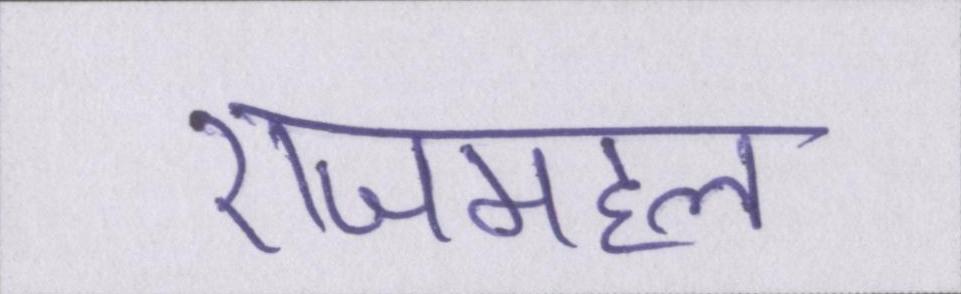
राजमहल